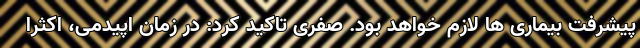
پیشرفت بیماری ها لازم خواهد بود. صفری تاکید کرد: در زمان اپیدمی، اکثرا